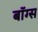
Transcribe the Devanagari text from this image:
बॉग्स